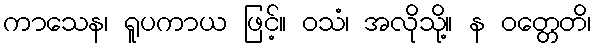
ကာသေန၊ ရူပကာယ ဖြင့်။ ဝသံ၊ အလိုသို့။ န ဝတ္တေတိ၊